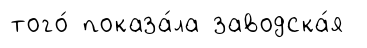
того́ показа́ла заводска́я